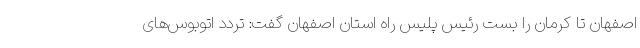
اصفهان تا کرمان را بست رئیس پلیس راه استان اصفهان گفت: تردد اتوبوس‌های